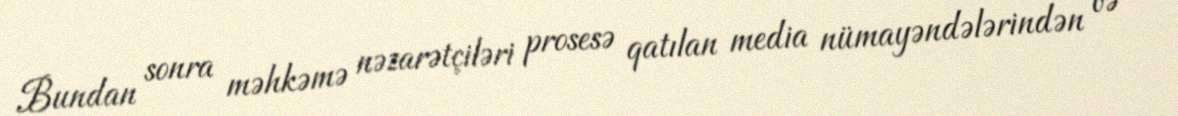
Bundan sonra məhkəmə nəzarətçiləri prosesə qatılan media nümayəndələrindən və